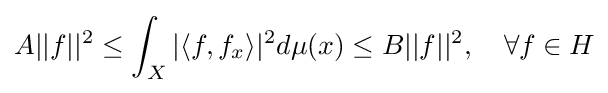
A||f||^{2}\leq \int _{X}|\langle f,f_{x}\rangle |^{2}d\mu (x)\leq B||f||^{2},\quad \forall f\in H